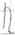
Text: R